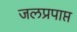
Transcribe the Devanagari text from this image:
जलप्रपाप्त